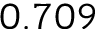
0 . 7 0 9